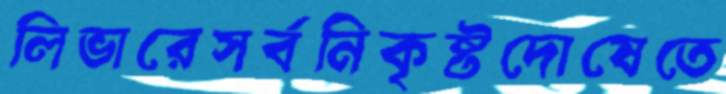
লিভারেসর্বনিকৃষ্টদোষেতে